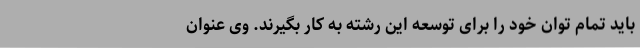
باید تمام توان خود را برای توسعه این رشته به کار بگیرند. وی عنوان